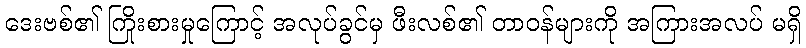
ဒေးဗစ်၏ ကြိုးစားမှုကြောင့် အလုပ်ခွင်မှ ဖီးလစ်၏ တာဝန်များကို အကြားအလပ် မရှိ